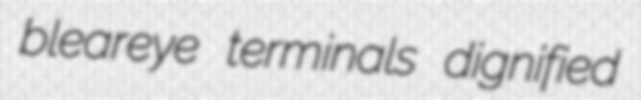
bleareye terminals dignified